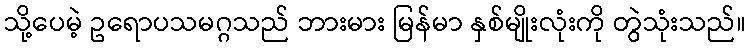
သို့ပေမဲ့ ဥရောပသမဂ္ဂသည် ဘားမား မြန်မာ နှစ်မျိုးလုံးကို တွဲသုံးသည်။